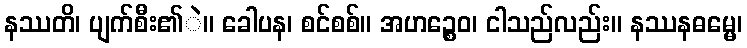
နဿတိ၊ ပျက်စီး၏ဲ။ ခေါပန၊ စင်စစ်။ အဟဉ္စေဝ၊ ငါသည်လည်း။ နဿနဓမ္မေ၊